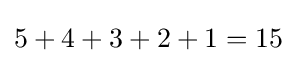
5+4+3+2+1=15